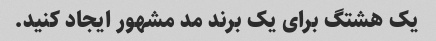
یک هشتگ برای یک برند مد مشهور ایجاد کنید.